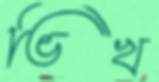
ভিখ